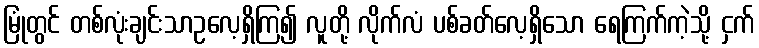
မြုံတွင် တစ်လုံးချင်းသာဥလေ့ရှိကြ၍ လူတို့ လိုက်လံ ပစ်ခတ်လေ့ရှိသော ရေကြက်ကဲ့သို့ ငှက်